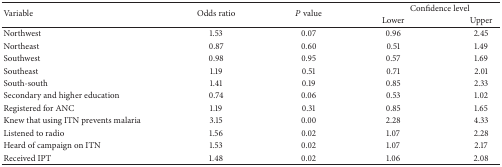
<table><thead><tr><td rowspan="2"><b>Variable</b></td><td rowspan="2"><b>Odds ratio</b></td><td rowspan="2"><b><i>P</i> value</b></td><td colspan="2"><b>Confidence level</b></td></tr><tr><td><b>Lower</b></td><td><b>Upper</b></td></tr></thead><tbody><tr><td>Northwest</td><td>1.53</td><td>0.07</td><td>0.96</td><td>2.45</td></tr><tr><td>Northeast</td><td>0.87</td><td>0.60</td><td>0.51</td><td>1.49</td></tr><tr><td>Southwest</td><td>0.98</td><td>0.95</td><td>0.57</td><td>1.69</td></tr><tr><td>Southeast</td><td>1.19</td><td>0.51</td><td>0.71</td><td>2.01</td></tr><tr><td>South-south</td><td>1.41</td><td>0.19</td><td>0.85</td><td>2.33</td></tr><tr><td>Secondary and higher education</td><td>0.74</td><td>0.06</td><td>0.53</td><td>1.02</td></tr><tr><td>Registered for ANC</td><td>1.19</td><td>0.31</td><td>0.85</td><td>1.65</td></tr><tr><td>Knew that using ITN prevents malaria</td><td>3.15</td><td>0.00</td><td>2.28</td><td>4.33</td></tr><tr><td>Listened to radio</td><td>1.56</td><td>0.02</td><td>1.07</td><td>2.28</td></tr><tr><td>Heard of campaign on ITN</td><td>1.53</td><td>0.02</td><td>1.07</td><td>2.17</td></tr><tr><td>Received IPT</td><td>1.48</td><td>0.02</td><td>1.06</td><td>2.08</td></tr></tbody></table>